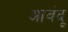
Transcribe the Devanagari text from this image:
आवंदू